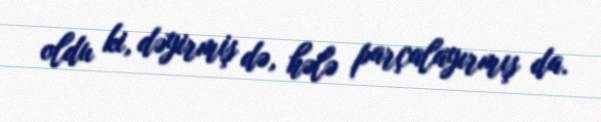
oldu ki, dəyirmiş də, hələ parçalayırmış da.